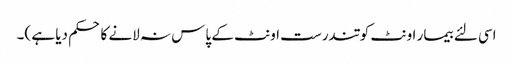
اسی لئے بیمار اونٹ کو تندرست اونٹ کے پاس نہ لانے کا حکم دیا ہے )۔